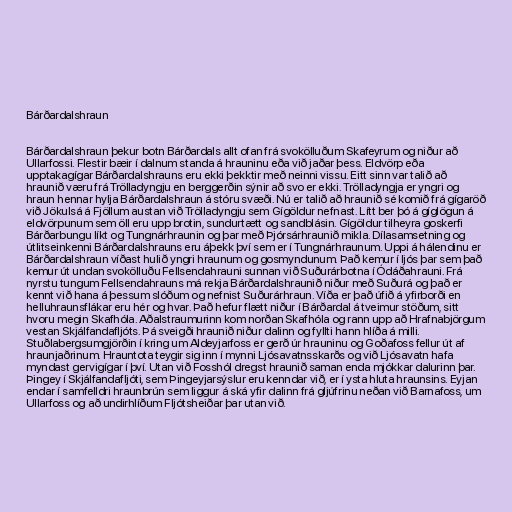
Bárðardalshraun

Bárðardalshraun þekur botn Bárðardals allt ofan frá svokölluðum Skafeyrum og niður að
Ullarfossi. Flestir bæir í dalnum standa á hrauninu eða við jaðar þess. Eldvörp eða
upptakagígar Bárðardalshrauns eru ekki þekktir með neinni vissu. Eitt sinn var talið að
hraunið væru frá Trölladyngju en berggerðin sýnir að svo er ekki. Trölladyngja er yngri og
hraun hennar hylja Bárðardalshraun á stóru svæði. Nú er talið að hraunið sé komið frá gígaröð
við Jökulsá á Fjöllum austan við Trölladyngju sem Gígöldur nefnast. Lítt ber þó á gíglögun á
eldvörpunum sem öll eru upp brotin, sundurtætt og sandblásin. Gígöldur tilheyra goskerfi
Bárðarbungu líkt og Tungnárhraunin og þar með Þjórsárhraunið mikla. Dílasamsetning og
útlitseinkenni Bárðardalshrauns eru áþekk því sem er í Tungnárhraunum. Uppi á hálendinu er
Bárðardalshraun víðast hulið yngri hraunum og gosmyndunum. Það kemur í ljós þar sem það
kemur út undan svokölluðu Fellsendahrauni sunnan við Suðurárbotna í Ódáðahrauni. Frá
nyrstu tungum Fellsendahrauns má rekja Bárðardalshraunið niður með Suðurá og það er
kennt við hana á þessum slóðum og nefnist Suðurárhraun. Víða er það úfið á yfirborði en
helluhraunsflákar eru hér og hvar. Það hefur flætt niður í Bárðardal á tveimur stöðum, sitt
hvoru megin Skafhóla. Aðalstraumurinn kom norðan Skafhóla og rann upp að Hrafnabjörgum
vestan Skjálfandafljóts. Þá sveigði hraunið niður dalinn og fyllti hann hlíða á milli.
Stuðlabergsumgjörðin í kring um Aldeyjarfoss er gerð úr hrauninu og Goðafoss fellur út af
hraunjaðrinum. Hrauntota teygir sig inn í mynni Ljósavatnsskarðs og við Ljósavatn hafa
myndast gervigígar í því. Utan við Fosshól dregst hraunið saman enda mjókkar dalurinn þar.
Þingey í Skjálfandafljóti, sem Þingeyjarsýslur eru kenndar við, er í ysta hluta hraunsins. Eyjan
endar í samfelldri hraunbrún sem liggur á ská yfir dalinn frá gljúfrinu neðan við Barnafoss, um
Ullarfoss og að undirhlíðum Fljótsheiðar þar utan við.